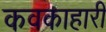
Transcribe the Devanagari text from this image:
कवकाहारी